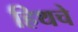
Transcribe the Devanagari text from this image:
हिथचे